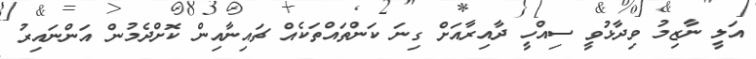
އަލީ ނާޒިމު ވިދާޅުވީ ސިއްހީ ދާއިރާއަށް ގިނަ ކަންތައްތަކެއް ޗައިނާއިން ކޮށްދެމުން އަންނައިރު